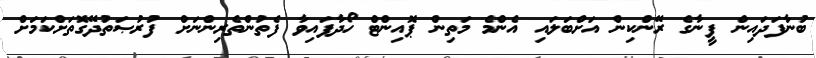
ބުނާފަދައިން ފީނާގެ ރޭންކިން އަށްބަލައި އެންމެ މަތިން ޕޮއިންޓް ހޯދާފައިވާ ފެތުންތެރިންނަށް ފުރުޞަތުދޭގޮތަށްކަމަށް